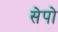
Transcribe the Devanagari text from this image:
सेपो